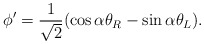
\begin{align*}\phi' = \frac{1}{\sqrt{2}} ( \cos \alpha \theta_R - \sin \alpha \theta_L ). \end{align*}